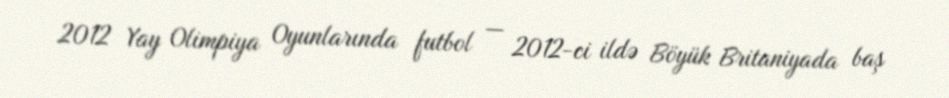
2012 Yay Olimpiya Oyunlarında futbol — 2012-ci ildə Böyük Britaniyada baş